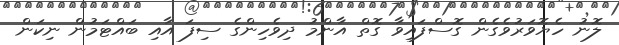
ލޮނު ހެޔޮވަރުވެގެން ގޮސްފައިވާ ގޮތް އާންމު ދިވެހިންގެ ސިފަ އާއި ބައްޓަމުން ނިކަން